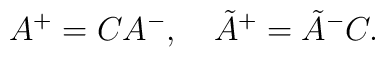
A^+ = C A^-, \quad \tilde A^+ = \tilde A^- C.